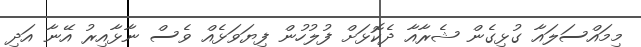
މިމައްސަލައާ ގުޅިގެން ޝެރާއާ ދެކޮޅަށް ފުލުހުން ފިޔަވަޅެއް ވެސް ނާޅާއިރު އޭނާ އަދި